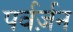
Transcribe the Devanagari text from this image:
पर्वर्ज़न